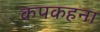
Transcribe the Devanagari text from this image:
कपकहना